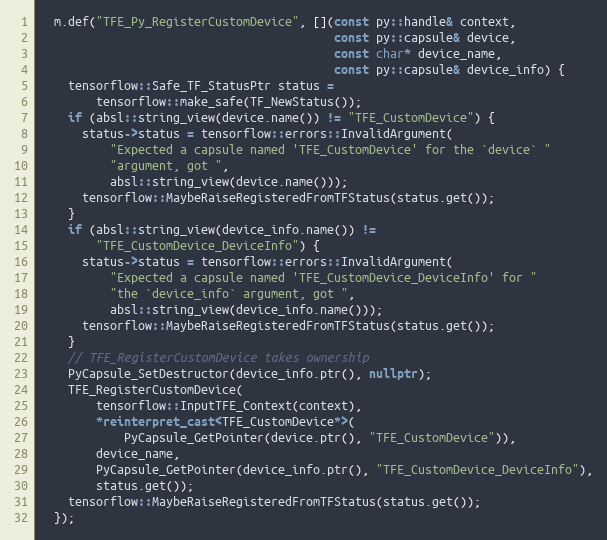
Language: C++
  m.def("TFE_Py_RegisterCustomDevice", [](const py::handle& context,
                                          const py::capsule& device,
                                          const char* device_name,
                                          const py::capsule& device_info) {
    tensorflow::Safe_TF_StatusPtr status =
        tensorflow::make_safe(TF_NewStatus());
    if (absl::string_view(device.name()) != "TFE_CustomDevice") {
      status->status = tensorflow::errors::InvalidArgument(
          "Expected a capsule named 'TFE_CustomDevice' for the `device` "
          "argument, got ",
          absl::string_view(device.name()));
      tensorflow::MaybeRaiseRegisteredFromTFStatus(status.get());
    }
    if (absl::string_view(device_info.name()) !=
        "TFE_CustomDevice_DeviceInfo") {
      status->status = tensorflow::errors::InvalidArgument(
          "Expected a capsule named 'TFE_CustomDevice_DeviceInfo' for "
          "the `device_info` argument, got ",
          absl::string_view(device_info.name()));
      tensorflow::MaybeRaiseRegisteredFromTFStatus(status.get());
    }
    // TFE_RegisterCustomDevice takes ownership
    PyCapsule_SetDestructor(device_info.ptr(), nullptr);
    TFE_RegisterCustomDevice(
        tensorflow::InputTFE_Context(context),
        *reinterpret_cast<TFE_CustomDevice*>(
            PyCapsule_GetPointer(device.ptr(), "TFE_CustomDevice")),
        device_name,
        PyCapsule_GetPointer(device_info.ptr(), "TFE_CustomDevice_DeviceInfo"),
        status.get());
    tensorflow::MaybeRaiseRegisteredFromTFStatus(status.get());
  });